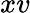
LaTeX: xv